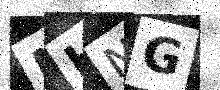
Text: NHNG